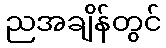
ညအချိန်တွင်